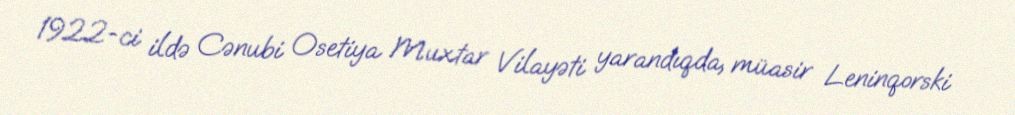
1922-ci ildə Cənubi Osetiya Muxtar Vilayəti yarandıqda, müasir Leninqorski